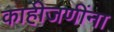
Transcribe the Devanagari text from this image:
काहीजणींना